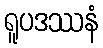
ရူပဒဿနံ